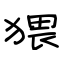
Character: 猥